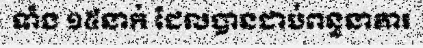
ទាំង ១៥នាក់ ដែលបានជាប់ពន្ធនាគារ